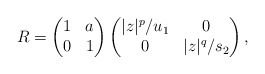
\begin{align*}R = \begin{pmatrix} 1& a\\ 0&1\end{pmatrix}\begin{pmatrix} |z|^p/u_1 & 0 \\ 0 & |z|^q/s_2\end{pmatrix},\end{align*}